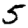
Digit: 5